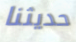
حديثنا